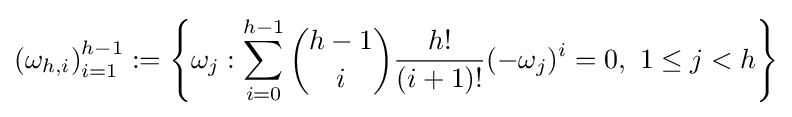
\left(\omega _{h,i}\right)_{i=1}^{h-1}:=\left\{\omega _{j}:\sum _{i=0}^{h-1}{\binom {h-1}{i}}{\frac {h!}{(i+1)!}}(-\omega _{j})^{i}=0,\ 1\leq j<h\right\}